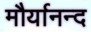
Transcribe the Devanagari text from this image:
मौर्यानन्द